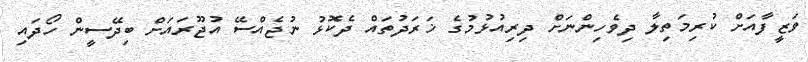
ވަޒީފާއަށް ކުރިމަތިލާ ދިވެހިންނަށް ދިރިއުޅުމުގެ ޚަރަދުތައް ދެކޮޅު ނުޖެއްސޭ އުޖޫރައަށް ބިދޭސީން ހޯދައި